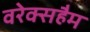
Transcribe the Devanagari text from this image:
वरेक्सहैम